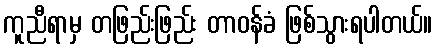
ကူညီရာမှ တဖြည်းဖြည်း တာဝန်ခံ ဖြစ်သွားရပါတယ်။